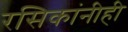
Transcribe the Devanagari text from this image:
रसिकांनीही